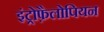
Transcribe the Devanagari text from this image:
इंट्रोफ़ैलोपियन